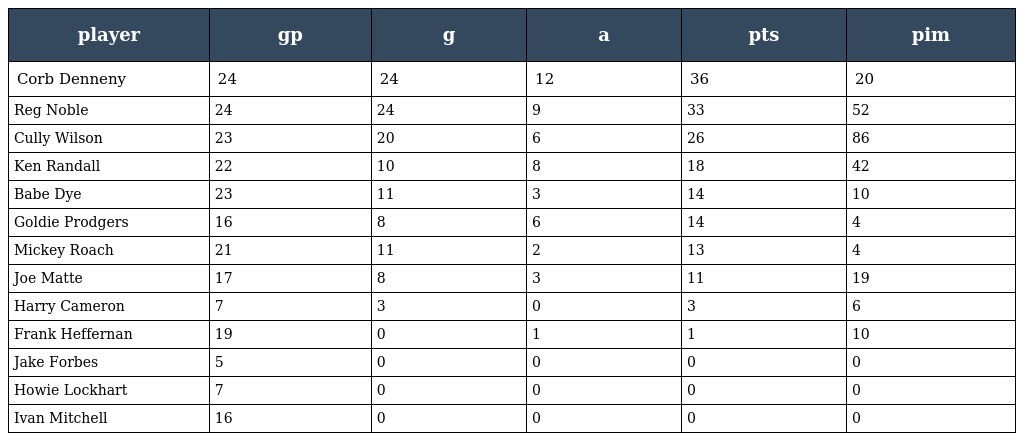
| player | gp | g | a | pts | pim |
 | --- | --- | --- | --- | --- | --- |
 | Corb Denneny | 24 | 24 | 12 | 36 | 20 |
 | Reg Noble | 24 | 24 | 9 | 33 | 52 |
 | Cully Wilson | 23 | 20 | 6 | 26 | 86 |
 | Ken Randall | 22 | 10 | 8 | 18 | 42 |
 | Babe Dye | 23 | 11 | 3 | 14 | 10 |
 | Goldie Prodgers | 16 | 8 | 6 | 14 | 4 |
 | Mickey Roach | 21 | 11 | 2 | 13 | 4 |
 | Joe Matte | 17 | 8 | 3 | 11 | 19 |
 | Harry Cameron | 7 | 3 | 0 | 3 | 6 |
 | Frank Heffernan | 19 | 0 | 1 | 1 | 10 |
 | Jake Forbes | 5 | 0 | 0 | 0 | 0 |
 | Howie Lockhart | 7 | 0 | 0 | 0 | 0 |
 | Ivan Mitchell | 16 | 0 | 0 | 0 | 0 |